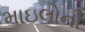
માઇલોની